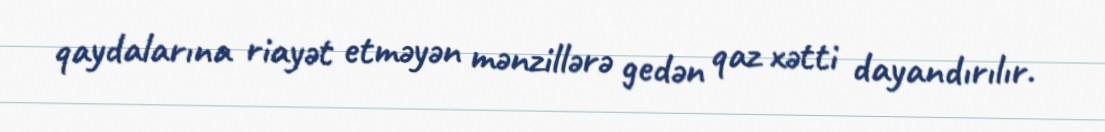
qaydalarına riayət etməyən mənzillərə gedən qaz xətti dayandırılır.